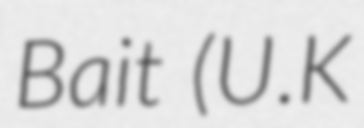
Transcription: Bait (U.K